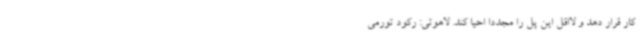
کار قرار دهد و لااقل این پل را مجدداً احیا کند. لاهوتی: رکود تورمی